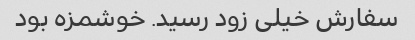
سفارش خیلی زود رسید. خوشمزه بود